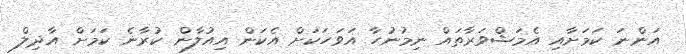
އަންނަ ކަމަށާއި އެމަޝްވަރާތައް ނިމުނުހާ އަވަހަކަށް އެކަން އިއުލާން ކުރާނެ ކަމަށް އާދިލް